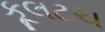
કૂલટચ